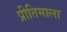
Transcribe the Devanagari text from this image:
प्रीतिमाला